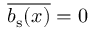
\overline { { \ensuremath { b _ { \mathrm { s } } } ( x ) } } = 0